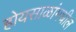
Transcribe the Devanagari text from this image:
होयसाळांमधील